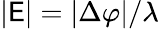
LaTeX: |\mathsf{E}|=|\Delta\varphi|/\lambda